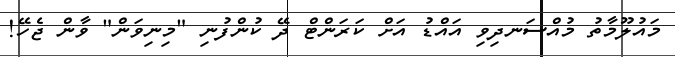
މައުލޫމާތު މުއްސަނދިވި އައްޑު އަށް ކަރަންޓް ދޭ ކުންފުނި "މިނިވަން" ވާން ޖެހޭ!